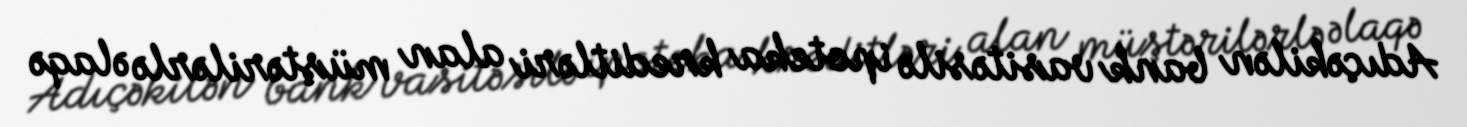
Adıçəkilən bank vasitəsilə ipoteka kreditləri alan müştərilərlə əlaqə